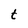
Character: t